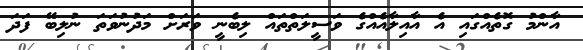
އާންމު ގޮތެއްގައި އެ އާއިލާއެއްގެ ވަސީލަތްތައް ލިބެނީ ވަރަށް މަދުނުވަތަ ނުލިބޭ ފަދަ